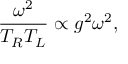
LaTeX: { \frac { \omega ^ { 2 } } { T _ { R } T _ { L } } } \propto g ^ { 2 } \omega ^ { 2 } ,